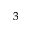
^ 3